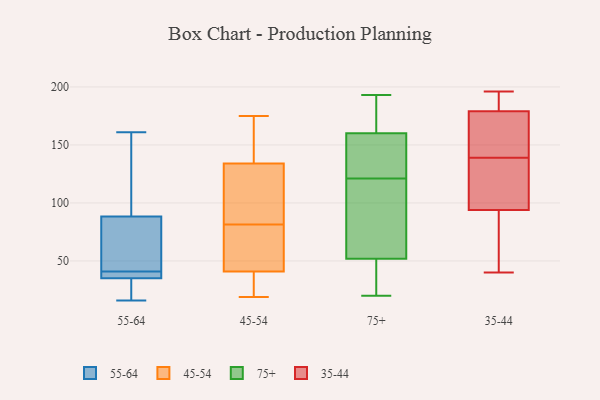
{"axis": {"x": "LTV (USD)", "y": "Value"}, "legend": ["35-44", "45-54", "55-64", "75+"], "data": [{"x": "", "y": 161, "type": "55-64"}, {"x": "", "y": 35, "type": "55-64"}, {"x": "", "y": 136, "type": "55-64"}, {"x": "", "y": 56, "type": "55-64"}, {"x": "", "y": 41, "type": "55-64"}, {"x": "", "y": 31, "type": "55-64"}, {"x": "", "y": 26, "type": "55-64"}, {"x": "", "y": 72, "type": "55-64"}, {"x": "", "y": 71, "type": "55-64"}, {"x": "", "y": 75, "type": "55-64"}, {"x": "", "y": 35, "type": "55-64"}, {"x": "", "y": 40, "type": "55-64"}, {"x": "", "y": 36, "type": "55-64"}, {"x": "", "y": 37, "type": "55-64"}, {"x": "", "y": 128, "type": "55-64"}, {"x": "", "y": 135, "type": "55-64"}, {"x": "", "y": 16, "type": "55-64"}, {"x": "", "y": 125, "type": "45-54"}, {"x": "", "y": 49, "type": "45-54"}, {"x": "", "y": 85, "type": "45-54"}, {"x": "", "y": 64, "type": "45-54"}, {"x": "", "y": 25, "type": "45-54"}, {"x": "", "y": 55, "type": "45-54"}, {"x": "", "y": 144, "type": "45-54"}, {"x": "", "y": 120, "type": "45-54"}, {"x": "", "y": 100, "type": "45-54"}, {"x": "", "y": 149, "type": "45-54"}, {"x": "", "y": 164, "type": "45-54"}, {"x": "", "y": 78, "type": "45-54"}, {"x": "", "y": 24, "type": "45-54"}, {"x": "", "y": 98, "type": "45-54"}, {"x": "", "y": 175, "type": "45-54"}, {"x": "", "y": 33, "type": "45-54"}, {"x": "", "y": 30, "type": "45-54"}, {"x": "", "y": 143, "type": "45-54"}, {"x": "", "y": 19, "type": "45-54"}, {"x": "", "y": 78, "type": "45-54"}, {"x": "", "y": 51, "type": "75+"}, {"x": "", "y": 117, "type": "75+"}, {"x": "", "y": 178, "type": "75+"}, {"x": "", "y": 108, "type": "75+"}, {"x": "", "y": 193, "type": "75+"}, {"x": "", "y": 125, "type": "75+"}, {"x": "", "y": 20, "type": "75+"}, {"x": "", "y": 136, "type": "75+"}, {"x": "", "y": 160, "type": "75+"}, {"x": "", "y": 136, "type": "75+"}, {"x": "", "y": 173, "type": "75+"}, {"x": "", "y": 52, "type": "75+"}, {"x": "", "y": 64, "type": "75+"}, {"x": "", "y": 52, "type": "75+"}, {"x": "", "y": 97, "type": "35-44"}, {"x": "", "y": 122, "type": "35-44"}, {"x": "", "y": 142, "type": "35-44"}, {"x": "", "y": 155, "type": "35-44"}, {"x": "", "y": 94, "type": "35-44"}, {"x": "", "y": 181, "type": "35-44"}, {"x": "", "y": 196, "type": "35-44"}, {"x": "", "y": 72, "type": "35-44"}, {"x": "", "y": 40, "type": "35-44"}, {"x": "", "y": 56, "type": "35-44"}, {"x": "", "y": 136, "type": "35-44"}, {"x": "", "y": 179, "type": "35-44"}, {"x": "", "y": 47, "type": "35-44"}, {"x": "", "y": 173, "type": "35-44"}, {"x": "", "y": 167, "type": "35-44"}, {"x": "", "y": 181, "type": "35-44"}, {"x": "", "y": 187, "type": "35-44"}, {"x": "", "y": 119, "type": "35-44"}]}